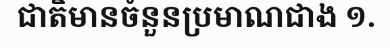
ជាតិមានចំនួនប្រមាណជាង ១.